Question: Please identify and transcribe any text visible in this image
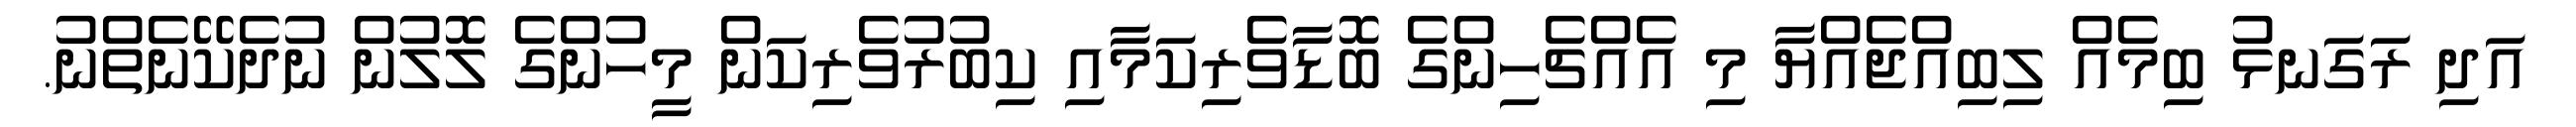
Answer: އަދި ރަގަނޅު ބިމެއް ލިބިއްޖެއްޔާ މި އެއްޗެހިންގެ ބޮޑާވެރިކަމާއި ކިބުރުވެރިކަން މީހުންގެ ލޮލުން ނުދެކޭނެތްނު.